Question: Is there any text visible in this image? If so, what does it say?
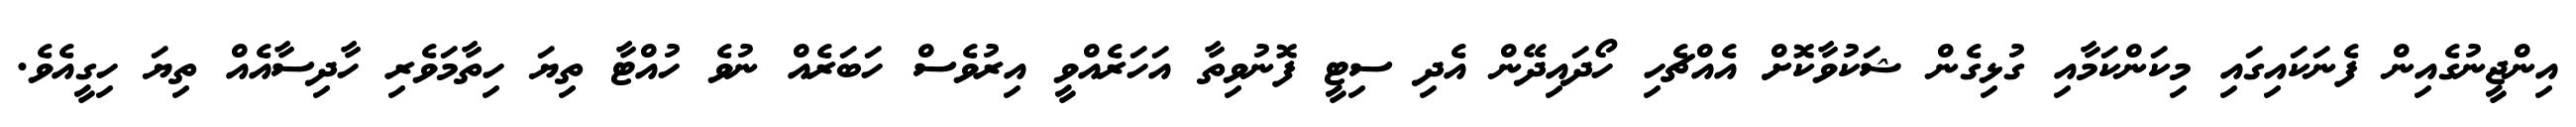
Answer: އިންޖީނުގެއިން ފެނަކައިގައި މިކަންކަމާއި ގުޅިގެން ޝަކުވާކޮށް އެއްޗެހި ހޯދައިދޭން އެދި ސިޓީ ފޮނުވިތާ އަހަރެއްވީ އިރުވެސް ހަބަރެއް ނުވެ ހުއްޓާ ތިޔަ ހިތާމަވެރި ހާދިސާއެއް ތިޔަ ހިގީއެވެ.